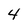
Character: 4